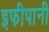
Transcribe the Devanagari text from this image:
इफीपानी